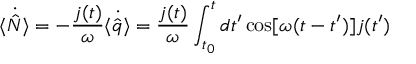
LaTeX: \langle \dot { \hat { N } } \rangle = - \frac { j ( t ) } { \omega } \langle \dot { \hat { q } } \rangle = \frac { j ( t ) } { \omega } \int _ { t _ { 0 } } ^ { t } d t ^ { \prime } \cos [ \omega ( t - t ^ { \prime } ) ] j ( t ^ { \prime } )